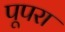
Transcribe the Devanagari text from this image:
पूपरा